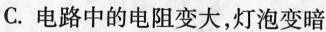
C.电路中的电阻变大，灯泡变暗